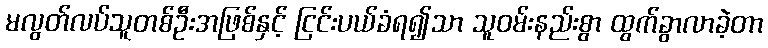
မလွတ်လပ်သူတစ်ဦးအဖြစ်နှင့် ငြင်းပယ်ခံရ၍သာ သူဝမ်းနည်းစွာ ထွက်ခွာလာခဲ့တာ